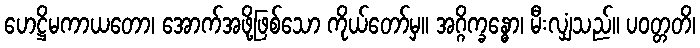
ဟေဋ္ဌိမကာယတော၊ အောက်အဖို့ဖြစ်သော ကိုယ်တော်မှ။ အဂ္ဂိက္ခန္ဓော၊ မီးလျှံသည်။ ပဝတ္တတိ၊